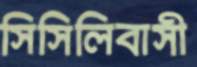
সিসিলিবাসী